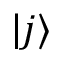
| j \rangle